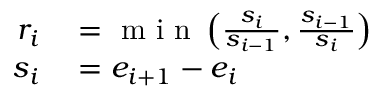
\begin{array} { r l } { r _ { i } } & { { } = \mathrm { ~ m ~ i ~ n ~ } \left( \frac { s _ { i } } { s _ { i - 1 } } , \frac { s _ { i - 1 } } { s _ { i } } \right) } \\ { s _ { i } } & { { } = e _ { i + 1 } - e _ { i } } \end{array}